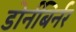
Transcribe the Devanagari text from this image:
डोर्नबिर्नर